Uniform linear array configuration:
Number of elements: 12
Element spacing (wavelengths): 0.75
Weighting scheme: hann
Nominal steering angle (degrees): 15
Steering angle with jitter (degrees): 13.704
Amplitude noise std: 0.05
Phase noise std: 0.05

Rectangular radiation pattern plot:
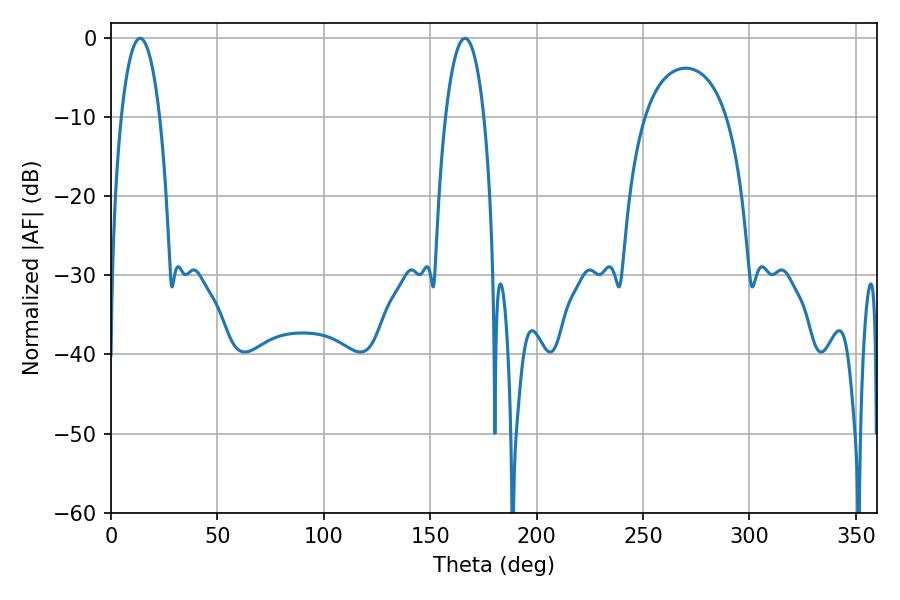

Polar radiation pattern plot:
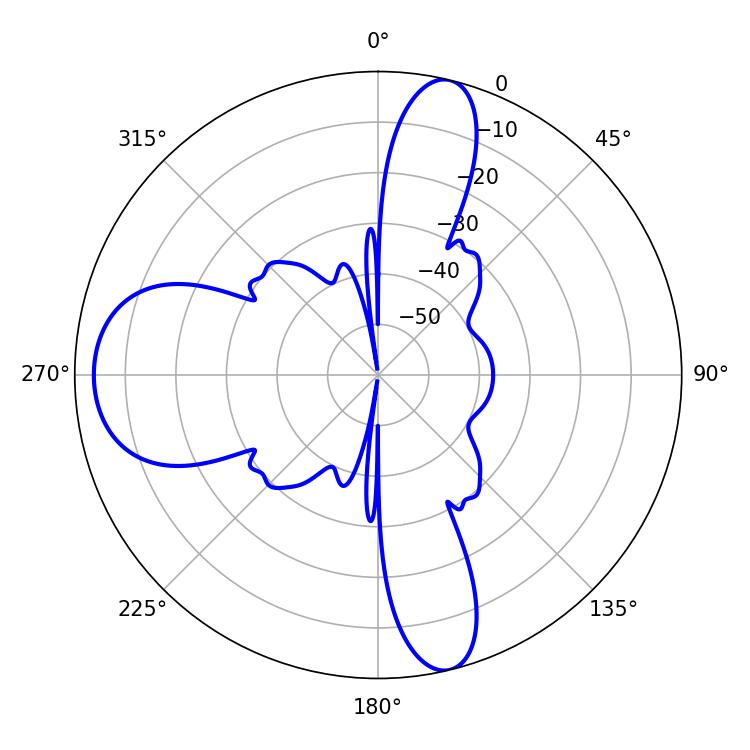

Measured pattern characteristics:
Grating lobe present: TRUE
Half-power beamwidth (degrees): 10.08
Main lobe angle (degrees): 13.68